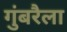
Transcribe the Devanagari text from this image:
गुंबरैला